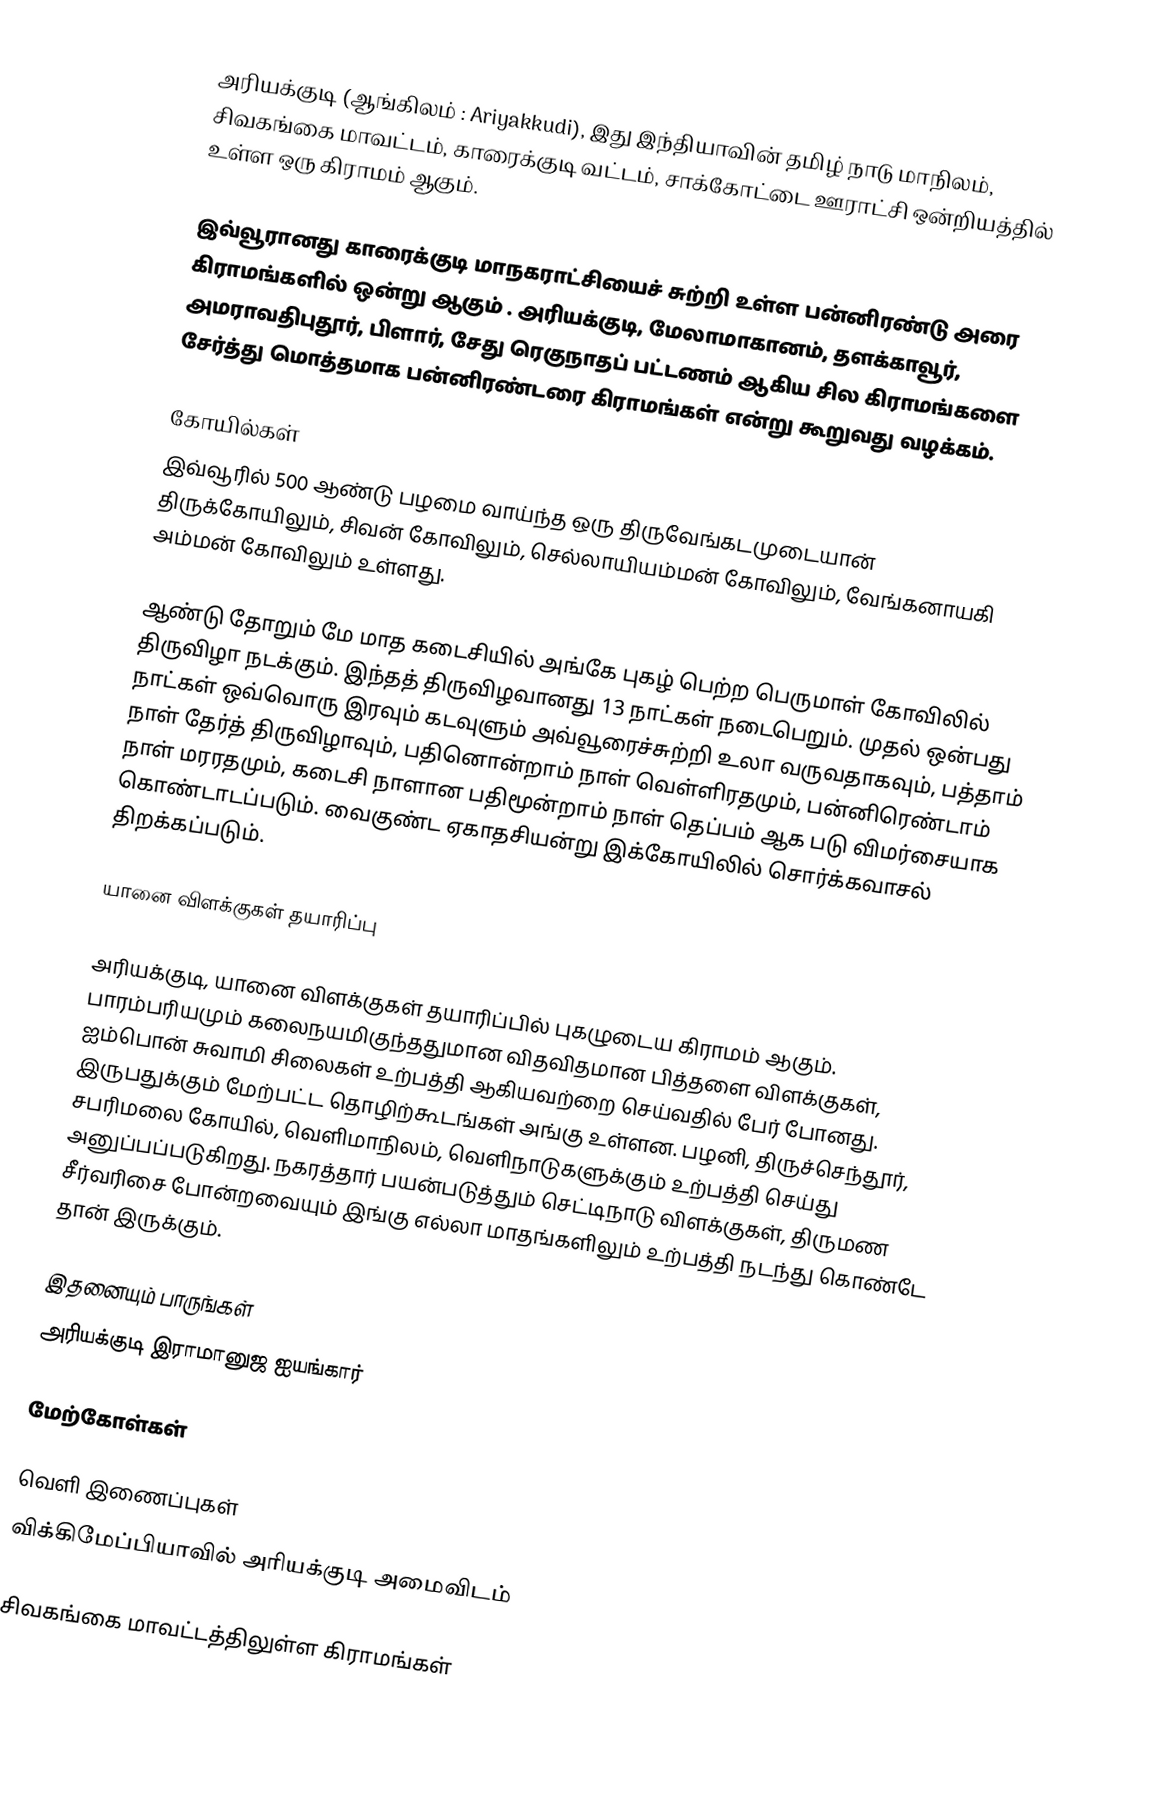
அரியக்குடி (ஆங்கிலம் : Ariyakkudi), இது இந்தியாவின் தமிழ் நாடு மாநிலம், சிவகங்கை மாவட்டம், காரைக்குடி வட்டம்,  சாக்கோட்டை ஊராட்சி ஒன்றியத்தில் உள்ள ஒரு கிராமம் ஆகும்.

இவ்வூரானது காரைக்குடி மாநகராட்சியைச் சுற்றி உள்ள பன்னிரண்டு அரை கிராமங்களில் ஒன்று ஆகும் . அரியக்குடி, மேலாமாகானம், தளக்காவூர், அமராவதிபுதூர், பிளார், சேது ரெகுநாதப் பட்டணம் ஆகிய சில கிராமங்களை சேர்த்து மொத்தமாக பன்னிரண்டரை கிராமங்கள் என்று கூறுவது வழக்கம்.

கோயில்கள்
இவ்வூரில் 500 ஆண்டு பழமை வாய்ந்த ஒரு திருவேங்கடமுடையான் திருக்கோயிலும், சிவன் கோவிலும், செல்லாயியம்மன் கோவிலும், வேங்கனாயகி அம்மன் கோவிலும் உள்ளது.

ஆண்டு தோறும் மே மாத கடைசியில் அங்கே புகழ் பெற்ற பெருமாள் கோவிலில் திருவிழா நடக்கும். இந்தத் திருவிழவானது 13 நாட்கள் நடைபெறும். முதல் ஒன்பது நாட்கள் ஒவ்வொரு இரவும் கடவுளும் அவ்வூரைச்சுற்றி உலா வருவதாகவும், பத்தாம் நாள் தேர்த் திருவிழாவும், பதினொன்றாம் நாள் வெள்ளிரதமும், பன்னிரெண்டாம் நாள் மரரதமும், கடைசி நாளான பதிமூன்றாம் நாள் தெப்பம் ஆக படு விமர்சையாக கொண்டாடப்படும். வைகுண்ட ஏகாதசியன்று இக்கோயிலில் சொர்க்கவாசல் திறக்கப்படும்.

யானை விளக்குகள் தயாரிப்பு

அரியக்குடி, யானை விளக்குகள் தயாரிப்பில் புகழுடைய கிராமம் ஆகும். பாரம்பரியமும் கலைநயமிகுந்ததுமான விதவிதமான பித்தளை விளக்குகள், ஐம்பொன் சுவாமி சிலைகள் உற்பத்தி ஆகியவற்றை செய்வதில் பேர் போனது. இருபதுக்கும் மேற்பட்ட தொழிற்கூடங்கள் அங்கு உள்ளன. பழனி, திருச்செந்தூர், சபரிமலை கோயில், வெளிமாநிலம், வெளிநாடுகளுக்கும் உற்பத்தி செய்து அனுப்பப்படுகிறது. நகரத்தார் பயன்படுத்தும் செட்டிநாடு விளக்குகள், திருமண சீர்வரிசை போன்றவையும் இங்கு எல்லா மாதங்களிலும் உற்பத்தி நடந்து கொண்டே தான் இருக்கும்.

இதனையும் பாருங்கள்
அரியக்குடி இராமானுஜ ஐயங்கார்

மேற்கோள்கள்

வெளி இணைப்புகள்
 விக்கிமேப்பியாவில் அரியக்குடி அமைவிடம்

சிவகங்கை மாவட்டத்திலுள்ள கிராமங்கள்